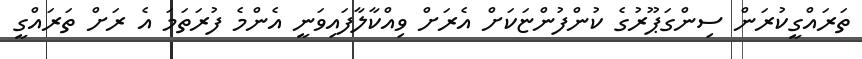
ތަރައްގީކުރަން ސިންގަޕޫރުގެ ކުންފުންޏަކަށް އެެރަށް ވިއްކާލާފައިވަނީ އެންމެ ފުރަތަމަ އެ ރަށް ތަރައްގީ